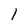
Character: 1